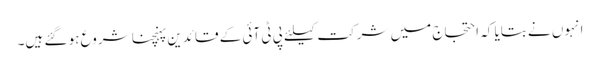
انہوں نے بتایا کہ احتجاج میں شرکت کیلئے پی ٹی آئی کے قائدین پہنچنا شروع ہو گئے ہیں۔